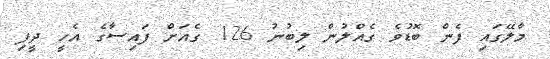
މާލޭގައި ފެން ބޮޑުވެ ގެއްލުން ލިބުނު 126 ގެއަށް ފައިސާގެ އެހީ ދީފި